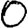
Digit: 0